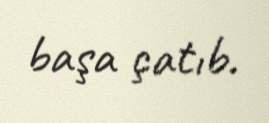
başa çatıb.